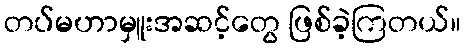
တပ်မဟာမှူးအဆင့်တွေ ဖြစ်ခဲ့ကြတယ်။